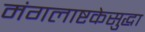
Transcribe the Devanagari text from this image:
मंगलाष्टकेसुद्धा